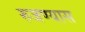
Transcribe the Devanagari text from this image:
रुजण्यास